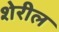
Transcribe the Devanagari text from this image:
शेरील